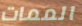
الممات